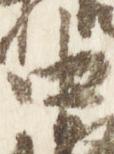
中